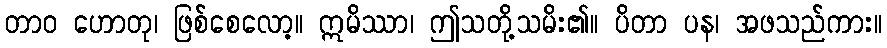
တာဝ ဟောတု၊ ဖြစ်စေလော့။ ဣမိဿာ၊ ဤသတို့သမိး၏။ ပိတာ ပန၊ အဖသည်ကား။